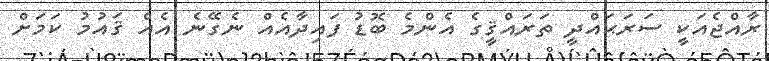
ރާއްޖެއަކީ ސަރަޙައްދީ ތަރައްޤީގެ އެންމެ ބޮޑު ފައިދާއެއް ނެގޭނެ އެއް ޤައުމު ކަމަށް